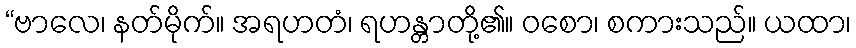
“ဗာလေ၊ နတ်မိုက်။ အရဟတံ၊ ရဟန္တာတို့၏။ ဝစော၊ စကားသည်။ ယထာ၊